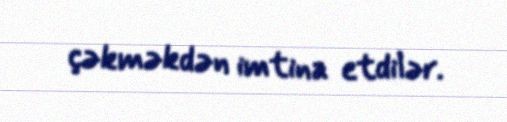
çəkməkdən imtina etdilər.